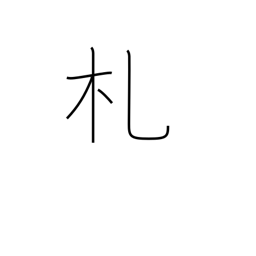
Meaning: placard